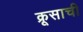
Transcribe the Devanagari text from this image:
क्रूसाची